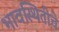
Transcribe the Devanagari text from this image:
भावस्थितीचे